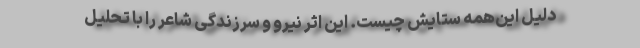
دلیل این‌همه ستایش چیست. این اثر نیرو و سرزندگی شاعر را با تحلیل